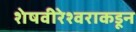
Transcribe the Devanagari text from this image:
शेषवीरेश्वराकडून